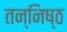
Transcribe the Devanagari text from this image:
तन्निष्ठ